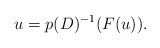
\begin{align*}u=p(D)^{-1}(F(u)).\end{align*}